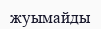
жуымайды